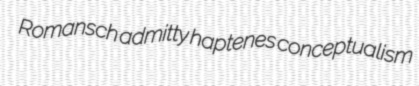
Romansch admitty haptenes conceptualism